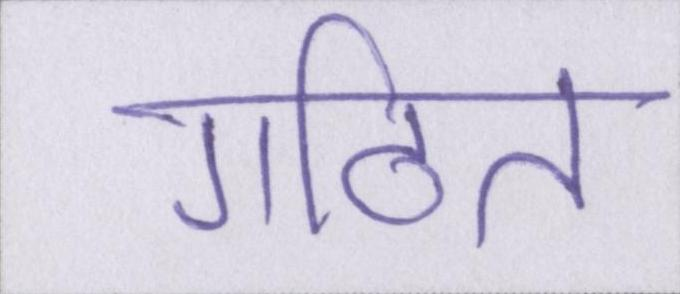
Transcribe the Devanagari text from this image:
गठित